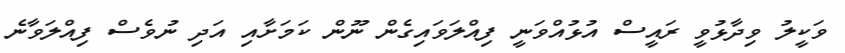
ވަކީލު ވިދާޅުވީ ރައީސް އުޅުއްވަނީ ފިއްލަވައިގެން ނޫން ކަމަށާއި އަދި ނުވެސް ފިއްލަވާނެ